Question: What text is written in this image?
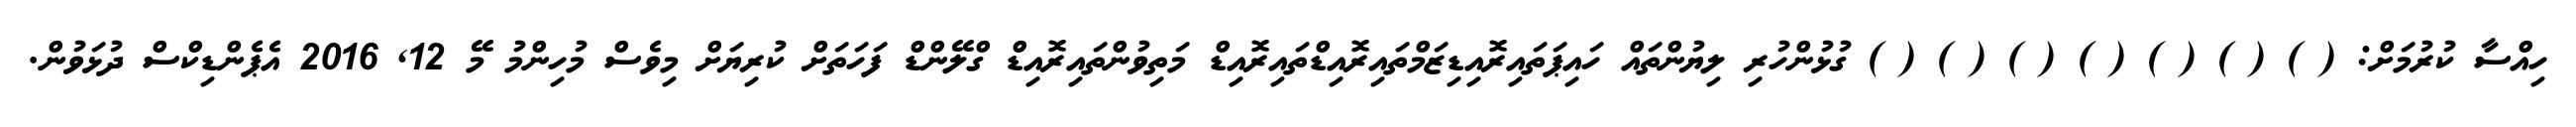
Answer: ހިއްސާ ކުރުމަށް: ( ) ( ) ( ) ( ) ( ) ( ) ( ) ގުޅުންހުރި ލިޔުންތައް ހައިޕަތައިރޮއިޑިޒަމްތައިރޮއިޑްތައިރޮއިޑް މަތިވުންތައިރޮއިޑް ގްލޭންޑް ފަހަތަށް ކުރިޔަށް މިވެސް މުހިންމު މޭ 12, 2016 އެޕެންޑިކްސް ދުޅަވުން.